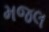
મજલ